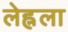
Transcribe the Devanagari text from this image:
लेह्नला